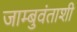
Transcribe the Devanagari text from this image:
जाम्बुवंताशी